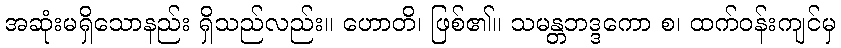
အဆုံးမရှိသောနည်း ရှိသည်လည်း။ ဟောတိ၊ ဖြစ်၏။ သမန္တဘဒ္ဒကော စ၊ ထက်ဝန်းကျင်မှ